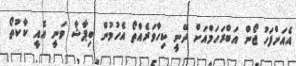
އެއަށްފަހު ޖޯން އަބްރަހަމްއަށް ދޭނީ ކިހާވަރެއްތޯ އެހުމުން ބިޕާޝާ ވަނީ އެއީ ކާކުތޯ